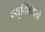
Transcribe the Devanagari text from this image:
न्यूक्लियसो